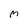
Character: m